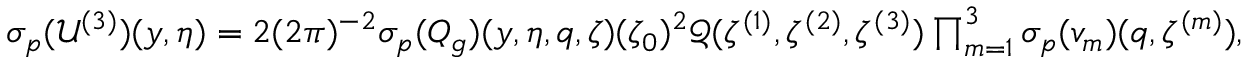
\begin{array} { r l } & { { { \sigma _ { p } } } ( \mathcal { U } ^ { ( 3 ) } ) ( y , \eta ) = 2 ( 2 \pi ) ^ { - 2 } { { \sigma _ { p } } } ( Q _ { g } ) ( y , \eta , q , \zeta ) ( \zeta _ { 0 } ) ^ { 2 } \mathcal { Q } ( \zeta ^ { ( 1 ) } , \zeta ^ { ( 2 ) } , \zeta ^ { ( 3 ) } ) \prod _ { m = 1 } ^ { 3 } { { \sigma _ { p } } } ( v _ { m } ) ( q , \zeta ^ { ( m ) } ) , } \end{array}